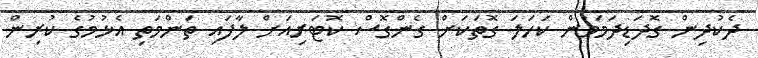
ދެކުދިން ގޮދަޑިދަމަމުން ކަހަލަ ގޮތަކަށް ގެންގޮސް ކޮޓަރިއަށް ލާފައި ތަންމަތި އެޅުމުގެ ކުރިން